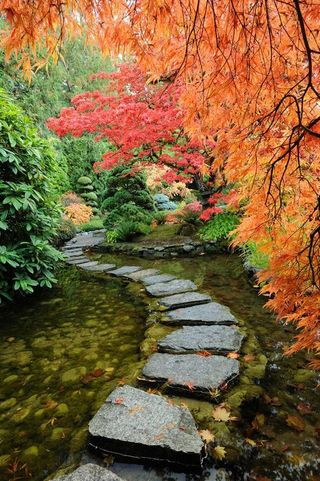
喧鸟覆春洲，杂英满芳甸。